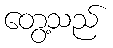
တွေ့သည်